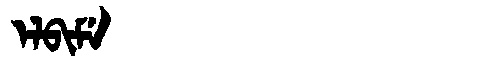
Manchu: ᡝᠯᠪᡳᠮᡝ
Romanization: ELBIME